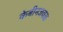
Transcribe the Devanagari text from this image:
केबीनजवळ